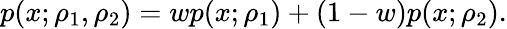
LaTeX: p(x;\rho_{1},\rho_{2})=wp(x;\rho_{1})+(1-w)p(x;\rho_{2}).